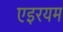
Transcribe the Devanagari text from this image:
एइरयम